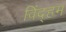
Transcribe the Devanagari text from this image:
विंद्हम